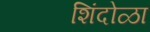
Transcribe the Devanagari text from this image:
शिंदोळा